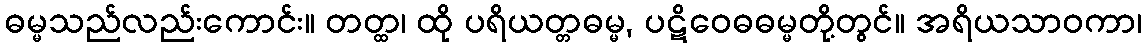
ဓမ္မသည်လည်းကောင်း။ တတ္ထ၊ ထို ပရိယတ္တဓမ္မ, ပဋိဝေဓဓမ္မတို့တွင်။ အရိယသာဝကာ၊